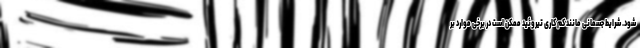
شود. شرایط جسمانی مانند کم کاری تیروئید ممکن است در برخی موارد بر